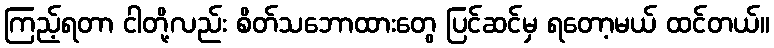
ကြည့်ရတာ ငါတို့လည်း စိတ်သဘောထားတွေ ပြင်ဆင်မှ ရတော့မယ် ထင်တယ်။